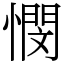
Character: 憫